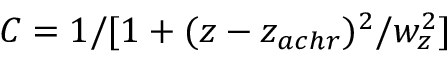
C = 1 / [ 1 + ( z - z _ { a c h r } ) ^ { 2 } / w _ { z } ^ { 2 } ]